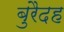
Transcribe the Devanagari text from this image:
बुरैदह